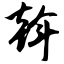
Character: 斡